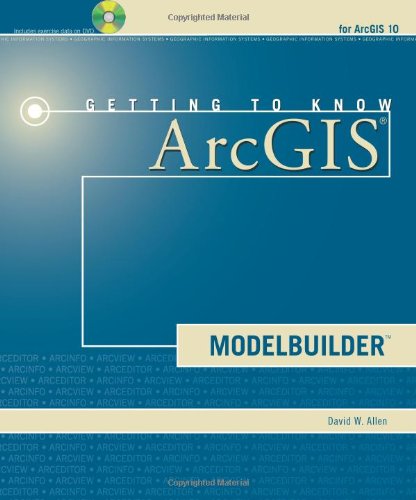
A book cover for Getting to Know ArcGIS ModelBuilder; David W. Allen; Computers & Technology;